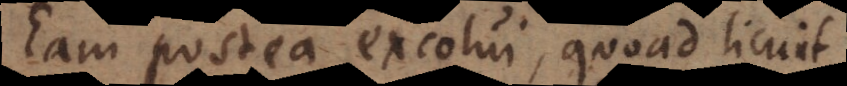
Eam postea excolui, quoad licuit